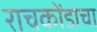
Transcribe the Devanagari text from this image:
राचकोंडाचा